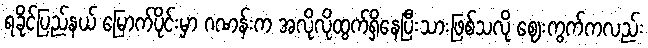
ရခိုင်ပြည်နယ် မြောက်ပိုင်းမှာ ဂဏန်းက အလိုလိုထွက်ရှိနေပြီးသားဖြစ်သလို ဈေးကွက်ကလည်း